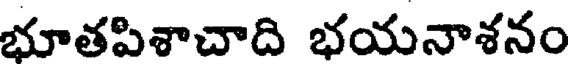
భూతపిశాచాది భయనాశనం